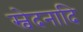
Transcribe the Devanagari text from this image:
स्वेदनादि